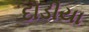
દોડીયા